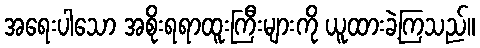
အရေးပါသော အစိုးရရာထူးကြီးများကို ယူထားခဲ့ကြသည်။